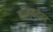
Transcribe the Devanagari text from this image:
कॉन्क्वेरर